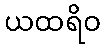
ယထရိဝ